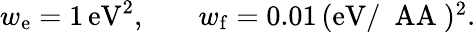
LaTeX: \begin{array}{rlr}{w_{\mathrm{e}}=1\, \mathrm{eV^{2}},}&{{}}&{w_{\mathrm{f}}=0.01\, \mathrm{(eV/\mathrm{~\ AA~})^{2}}.}\end{array}